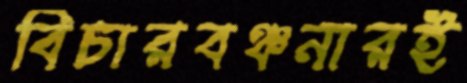
বিচারবঞ্চনারই